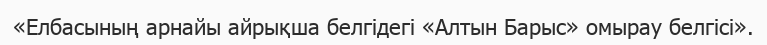
«Елбасының арнайы айрықша белгідегі «Алтын Барыс» омырау белгісі».